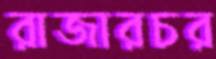
রাজারচর